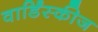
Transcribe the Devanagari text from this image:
वार्डिंस्कीज